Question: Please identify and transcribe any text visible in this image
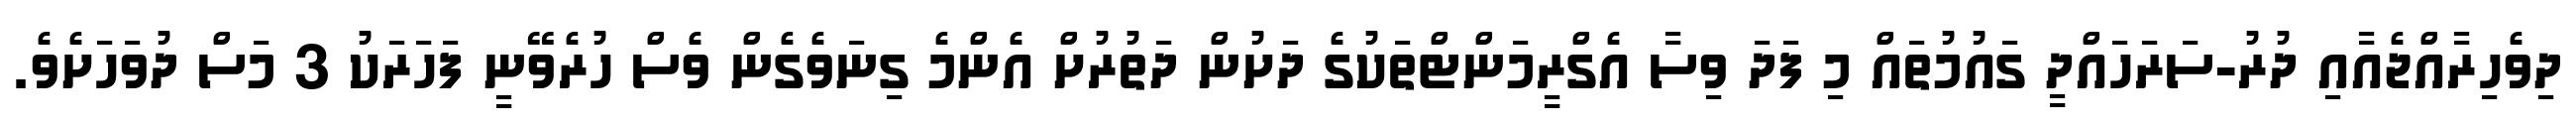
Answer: ދިވެހިރާއްޖެއާއި ދުރު-ސަރަހައްދީ ގައުމުތައް މި ފަދަ ވިސާ އެގްރީމަންޓްތަކުގެ ދަށުން ދަތުރުށް އެންމެ ގިނަވެގެން ވެސް ހުރެވޭނީ ފަހަރަކު 3 މަސް ދުވަހަށެވެ.